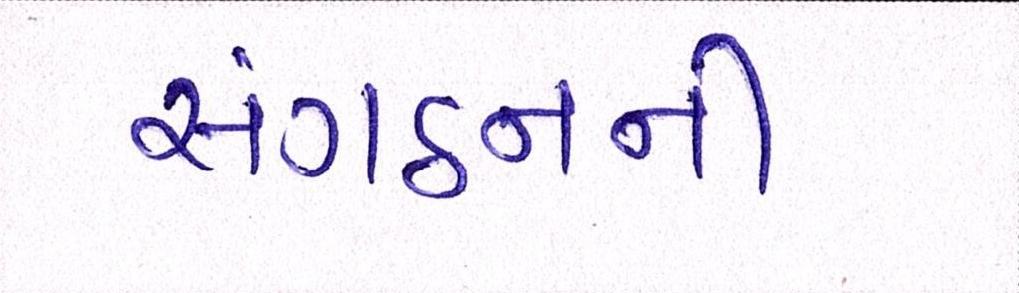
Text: સંગઠનની